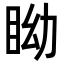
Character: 眑